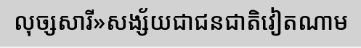
លុច្សសារី»សង្ស័យជាជនជាតិវៀតណាម